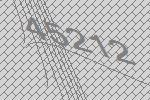
45212